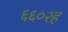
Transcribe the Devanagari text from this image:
६६०२ह